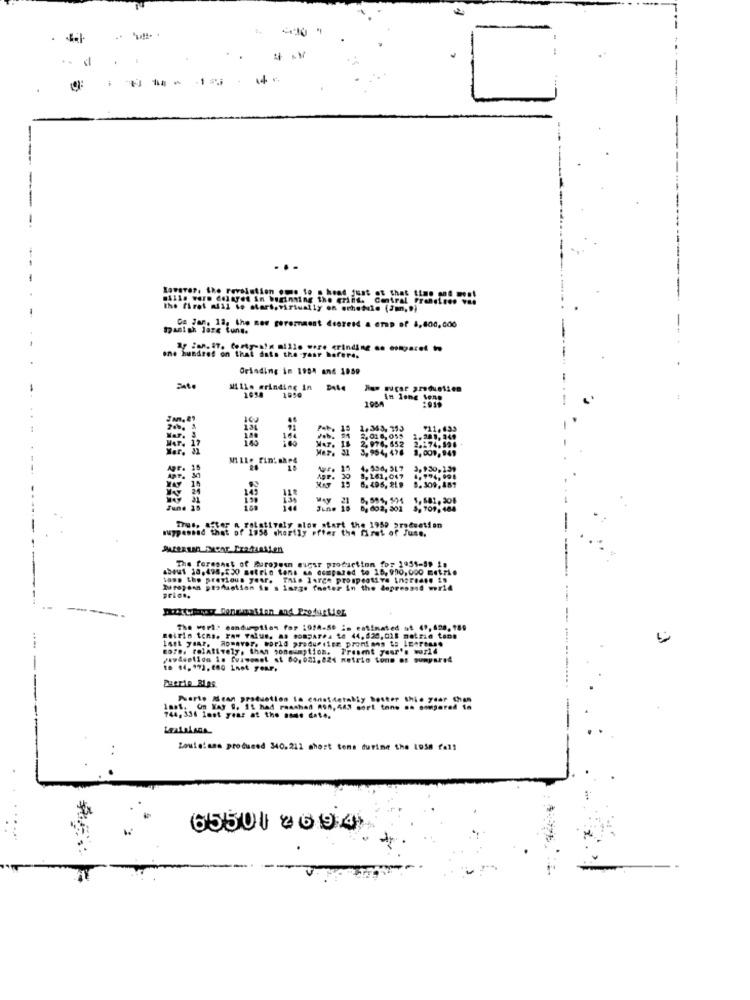
-
.
. ..
Lavare ?. the revolution ome to s head just of that time pas ve!
Alle vere delnyet in beginning the grind. Central Fra
the first alil io start, virtually on ochetle (3m,")
Spanish Jare tune.
Ca Jan. 12, the nos peremment deereid & ersp of 8,800,000
AF :an.17. forty-ain mille were erinding os ontparet to
one hundred on that dats the year before,
Grinding in 1981 and 1859
Mille grinding in Date low sugar produelien
1950
In lone tens
15
2.343, 193
$11-633
2,018, 055
2.976, 65.2
2.174.52.
1.201. 141
3,954, 476
1.001, 941
F. 18
4.534, 517
3, 130,131
AF .
8,161, 047
6. 495, 219
8. 309, 481
1, 681, 306
S. 701, 484
muypassad that of 1958 shortly efter the first of June.
Thus, after a relatively olow start the 1959 pročsetien
The foresast of Buroyou nuesr production for 1951-59 1.
about 10,495,230 metrio tans as compared to 15,900,000 metri.
tons the previous year. This large prospective increase in
Barepers production is s image faster in the depresand wer14
Brian.
The worl: mandumption for 1014.50 is estimated at 49,820,189
Beirin tons. raw value. as som5Are te 44,620,018 metrie tane
last year. Romaver, world produfitem pronions to LEerense
coTe. relatively, than songumption. Preset year's world
yawdaption is fuiwemet st 60,081, 824 metric tons os gumpared
Duprie BLas
Puerto Mean production in canatdetaby hoster thie ydar than
744,336 last year at the nous det ..
Zoulelane produced 340.212 short toma durine the Lo58 fall
65501 2094)